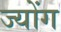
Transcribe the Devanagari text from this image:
ज्योंग